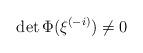
LaTeX: \begin{align*}\det\Phi(\xi^{(-i)})\neq 0\end{align*}